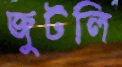
জুটলি